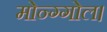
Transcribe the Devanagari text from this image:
मोन्ग्गोल।